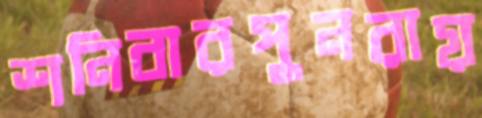
শনিবারপুনরায়